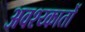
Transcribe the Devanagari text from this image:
अवश्य्कातों